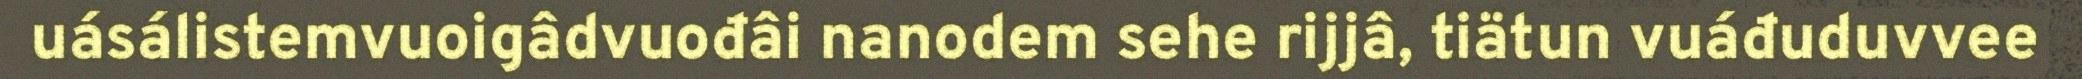
uásálistemvuoigâdvuođâi nanodem sehe rijjâ, tiätun vuáđuduvvee